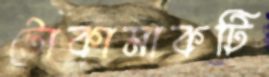
টোকামাকটি